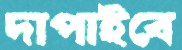
দাপাইবে